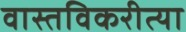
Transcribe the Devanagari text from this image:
वास्तविकरीत्या